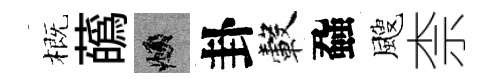
概蘤頫卦轂蝨颼柰